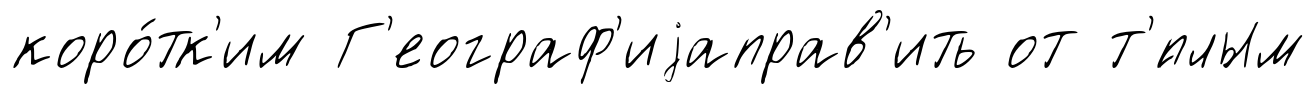
коро́тк'им Г'еограф'иjаправ'ить от т'́плым